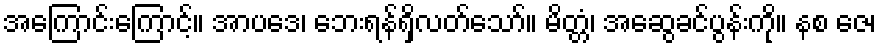
အကြောင်းကြောင့်။ အာပဒေ၊ ဘေးရန်ရှိလတ်သော်။ မိတ္တံ၊ အဆွေခင်ပွန်းကို။ နစ ဇေ၊